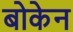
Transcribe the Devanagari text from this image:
बोकेन